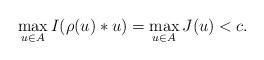
LaTeX: \begin{gather*}\max_{u \in A}I(\rho(u)*u)=\max_{u \in A}J(u)<c.\end{gather*}